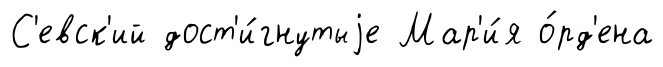
С'евск'ий дост'и́гнутыjе Мар'и́я о́рд'ена